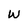
Character: w